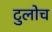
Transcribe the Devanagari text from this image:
टुलोच